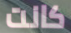
كانت